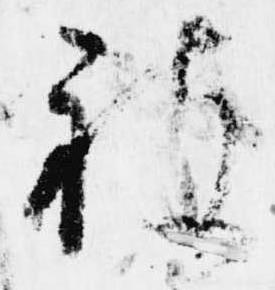
被